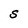
Character: S